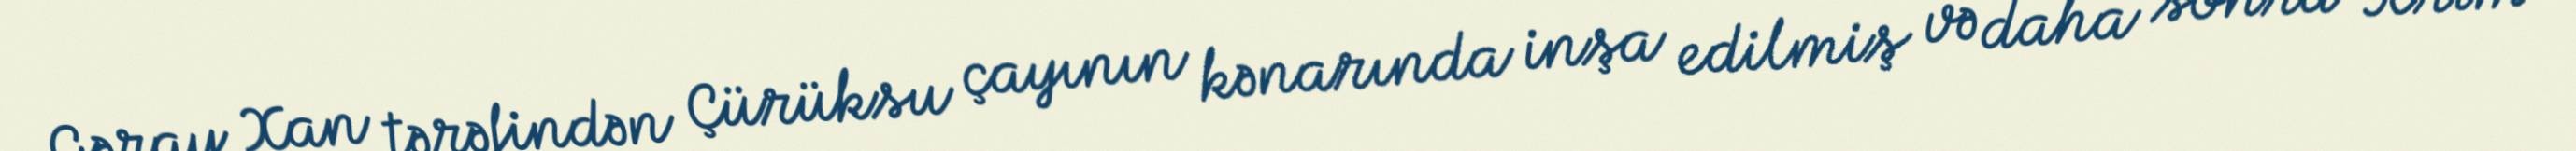
Gəray Xan tərəfindən Çürüksu çayının kənarında inşa edilmiş və daha sonra Krım